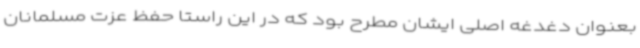
بعنوان دغدغه اصلی ایشان مطرح بود که در این راستا حفظ عزت مسلمانان